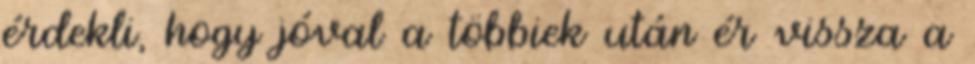
érdekli, hogy jóval a többiek után ér vissza a